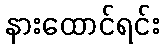
နားထောင်ရင်း